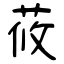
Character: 莜